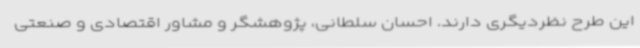
این طرح نظردیگری دارند. احسان سلطانی، پژوهشگر و مشاور اقتصادی و صنعتی